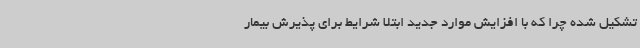
تشکیل شده چرا که با افزایش موارد جدید ابتلا شرایط برای پذیرش بیمار